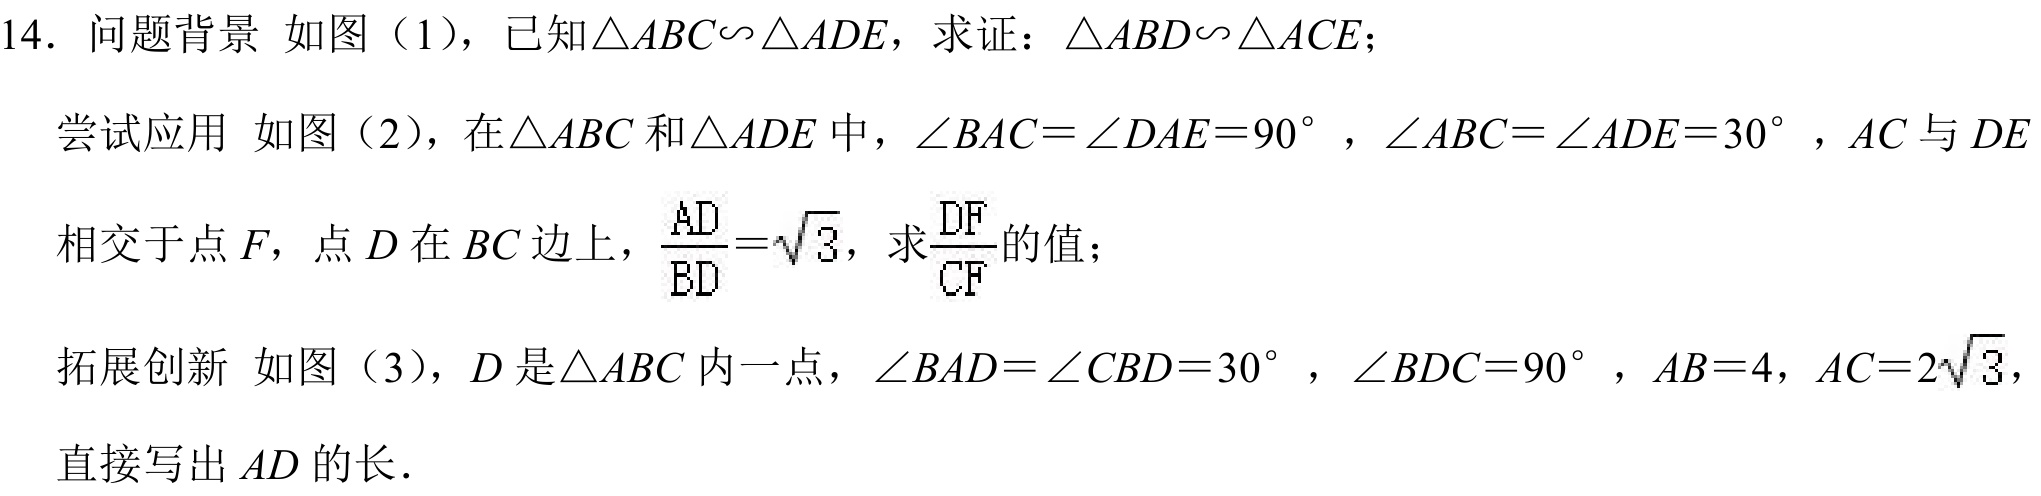
14. 问题背景 如图（1），已知\(\triangle ABC\sim\triangle ADE\)，求证：\(\triangle ABD\sim\triangle ACE\)；
尝试应用 如图（2），在\(\triangle ABC\)和\(\triangle ADE\)中，\(\angle BAC = \angle DAE = 90^{\circ}\)，\(\angle ABC = \angle ADE = 30^{\circ}\)，\(AC\)与\(DE\)
相交于点\(F\)，点\(D\)在\(BC\)边上，\(\frac{AD}{BD}=\sqrt{3}\)，求\(\frac{DF}{CF}\)的值；
拓展创新 如图（3），\(D\)是\(\triangle ABC\)内一点，\(\angle BAD = \angle CBD = 30^{\circ}\)，\(\angle BDC = 90^{\circ}\)，\(AB = 4\)，\(AC = 2\sqrt{3}\)，
直接写出\(AD\)的长．